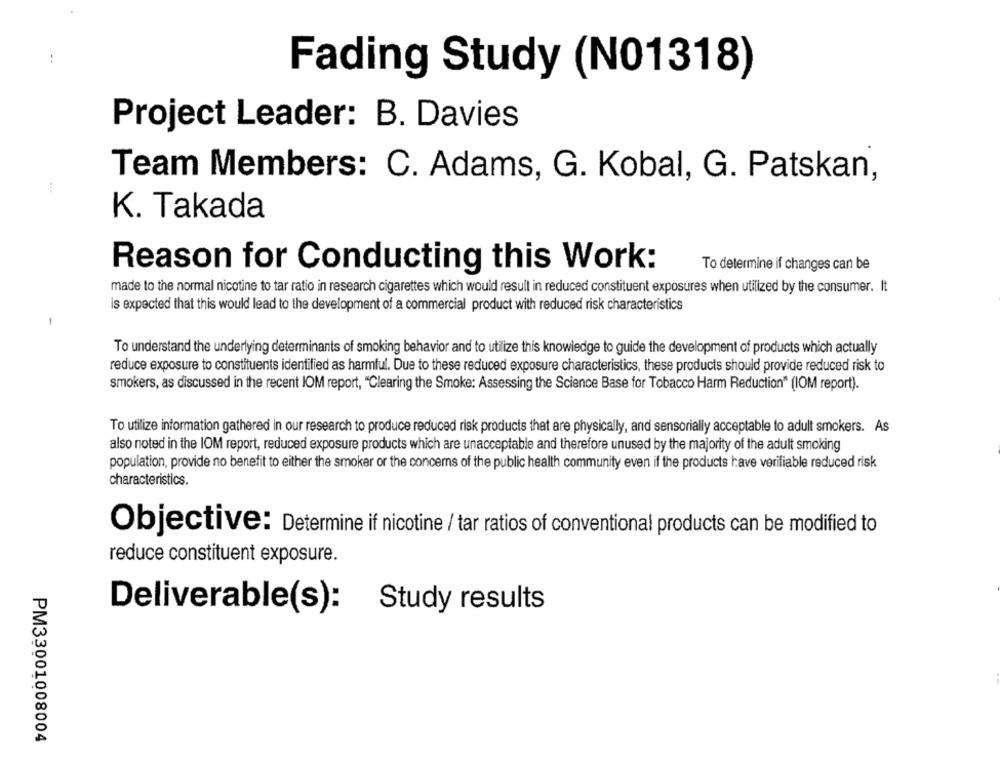
..
Fading Study (N01318)
Project Leader: B. Davies
Team Members: C. Adams, G. Kobal, G. Patskan,
K. Takada
To determine if changes can be
Reason for Conducting this Work:
made to the normal nicotine to tar ratio in research cigarettes which would result in reduced constituent exposures when utilized by the consumer. It
is expected that this would lead to the development of a commercial product with reduced risk characteristics
To understand the underlying determinants of smoking behavior and to utilize this knowledge to guide the development of products which actually
reduce exposure to constituents identified as harmful. Due to these reduced exposure characteristics, these products should provide reduced risk to
smokers, as discussed in the recent IOM report, "Clearing the Smoke: Assessing the Science Base for Tobacco Harm Reduction" (IOM report).
To utilize information gathered in our research to produce reduced risk products that are physically, and sensorially acceptable to adult smokers. As
also noted in the IOM report, reduced exposure products which are unacceptable and therefore unused by the majority of the adult smoking
population, provide no benefit to either the smoker or the concerns of the public health community even if the products have verifiable reduced risk
characteristics.
Objective: Determine if nicotine / tar ratios of conventional products can be modified to
reduce constituent exposure.
Deliverable(s):
Study results
PM33001008004